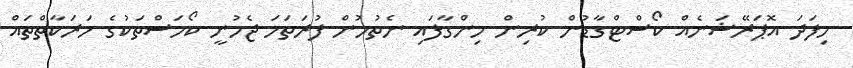
މިފަދަ އޮޕަރޭޝަނެއް ކޯސްޓްގާޑުން ކުރިން ހިންގާފައި ނެތުމުން ފުރަތަމަ ޖެހުނީ ކޯމަސްތަކުގެ ހަރަކާތްތައް